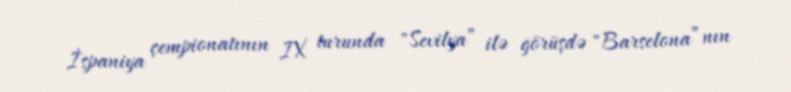
İspaniya çempionatının IX turunda "Sevilya” ilə görüşdə "Barselona”nın